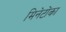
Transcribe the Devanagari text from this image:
मिनेटोंका